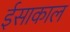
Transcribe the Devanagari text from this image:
ईसाकाल